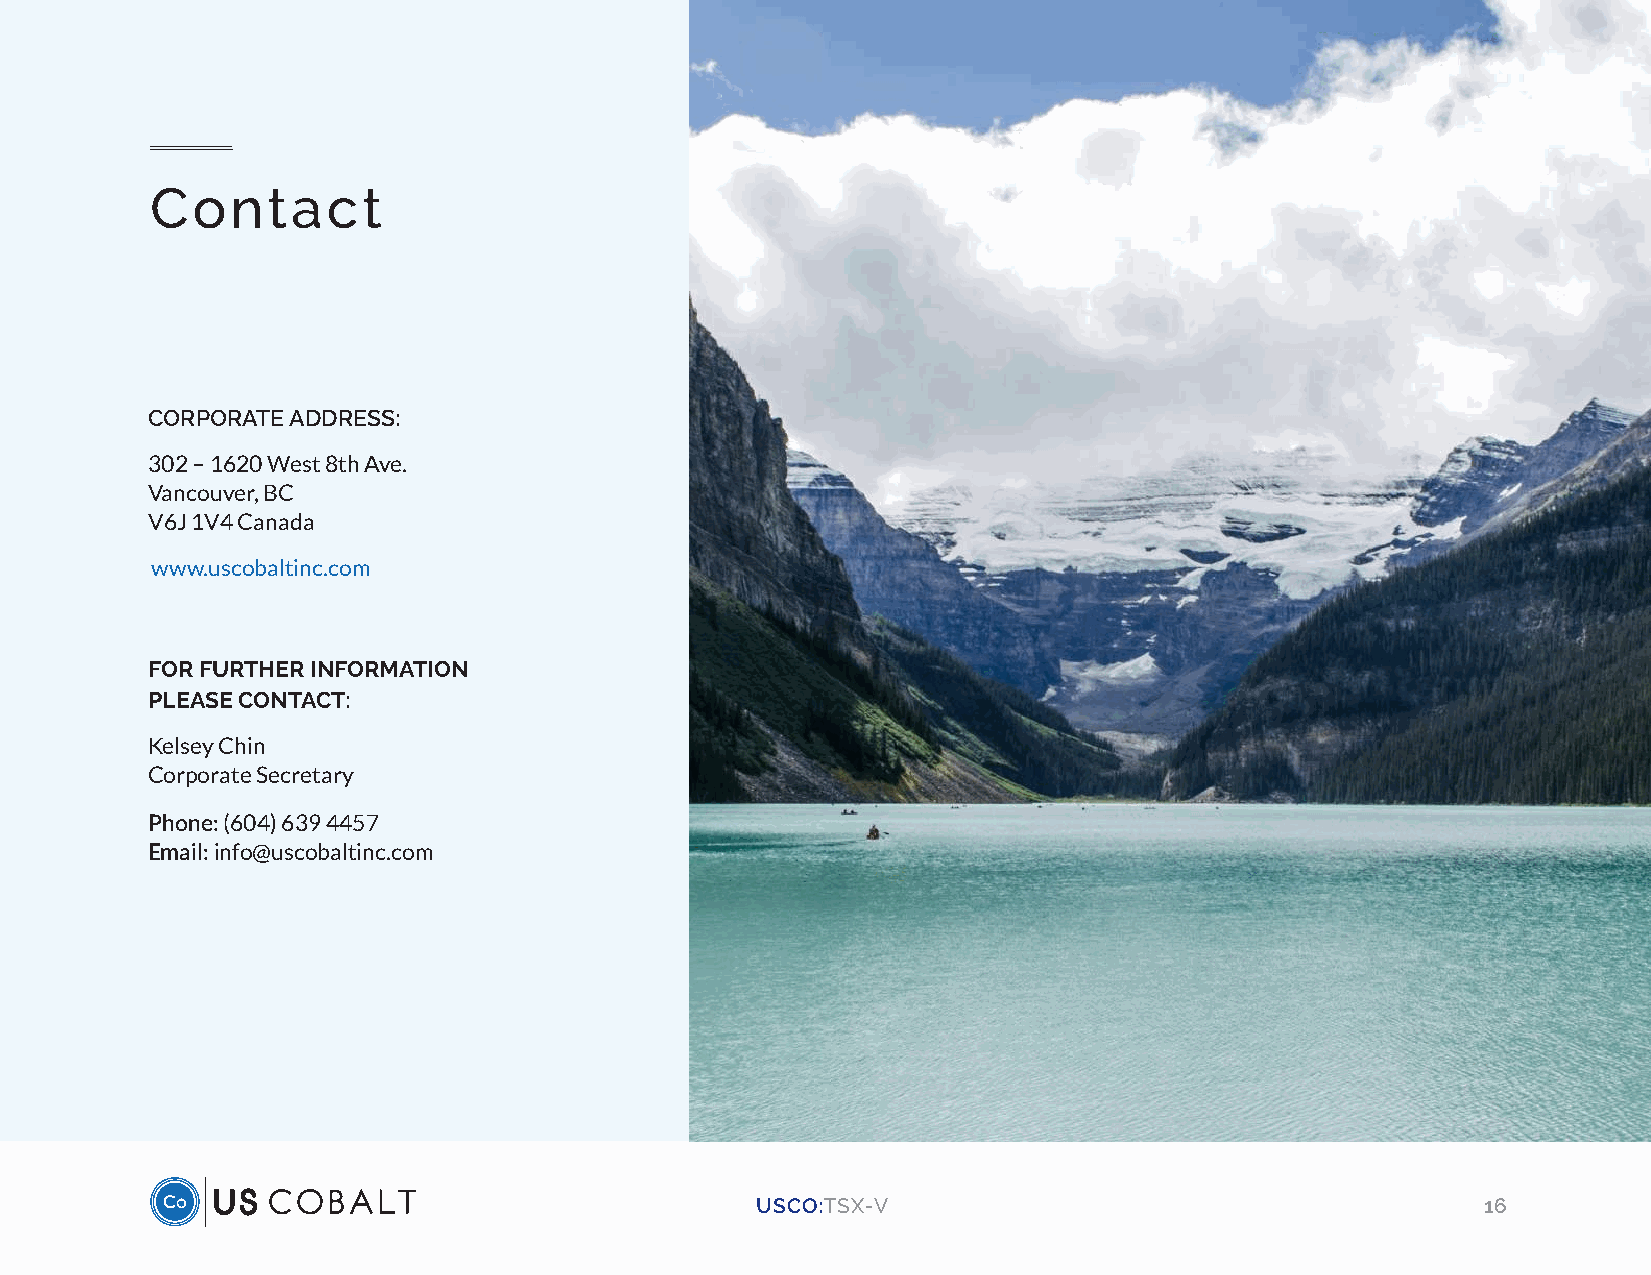
Contact
 CORPORATE ADDRESS:
 302 – 1620 West 8th Ave.
 Vancouver, BC
 V6J 1V4 Canada
 www.uscobaltinc.com
 FOR FURTHER INFORMATION
 PLEASE CONTACT:
 Kelsey Chin
 Corporate Secretary
 Phone: (604) 639 4457
 Email: info@uscobaltinc.com
 USCO:TSX-V                                      16